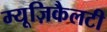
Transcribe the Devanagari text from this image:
म्यूज़िकैलटी